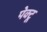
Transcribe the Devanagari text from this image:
पेक्टू